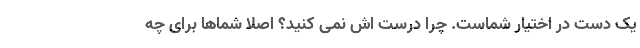
یک دست در اختیار شماست. چرا درست اش نمی کنید؟ اصلاً شماها برای چه